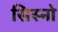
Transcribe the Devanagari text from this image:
सिस्नो